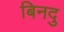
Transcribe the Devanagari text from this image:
बिनदु